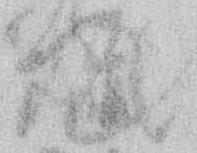
て